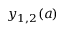
y _ { 1 , 2 } ( a )